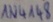
Text: IN4148